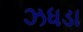
ઝધડા